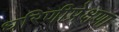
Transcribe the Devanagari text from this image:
धरिणीप्रेक्षणा